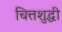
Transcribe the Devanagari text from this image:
चित्तशुद्धी